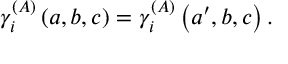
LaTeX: \gamma _ { i } ^ { \left( A \right) } \left( a , b , c \right) = \gamma _ { i } ^ { \left( A \right) } \left( a ^ { \prime } , b , c \right) .